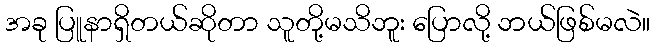
အခု ပြူနာရှိတယ်ဆိုတာ သူတို့မသိဘူး ပြောလို့ ဘယ်ဖြစ်မလဲ။